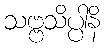
သဗ္ဗသိပ္ပါနိ